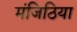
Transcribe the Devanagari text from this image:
मंजिठिया